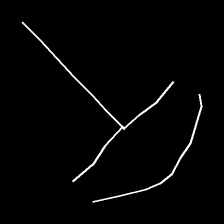
Glyph: dispersion